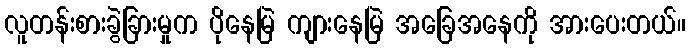
လူတန်းစားခွဲခြားမှုက ပိုနေမြဲ ကျားနေမြဲ အခြေအနေကို အားပေးတယ်။